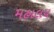
મહાલય